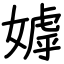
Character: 嫭